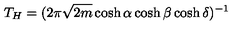
T _ { H } = ( 2 \pi \sqrt { 2 m } \cosh \alpha \cosh \beta \cosh \delta ) ^ { - 1 }